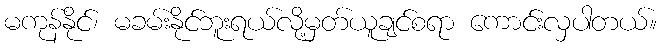
မကုန်နိုင်၊ မခမ်းနိုင်ဘူးရယ်လို့မှတ်ယူချင်စရာ ကောင်းလှပါတယ်။